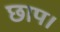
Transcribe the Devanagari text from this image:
छाप।